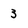
Character: 3